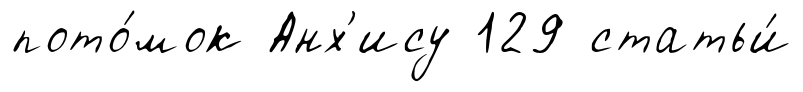
пото́мок Анх'ису 129 статьи́